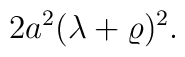
2a^2(\lambda+\varrho)^2.